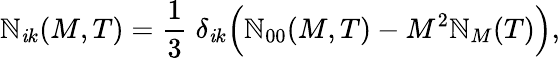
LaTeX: \mathbb{N}_{\mathit{i}k}(M,T)=\frac{{1}}{{3}}\; \delta_{\mathit{i}k}\Big(\mathbb{N}_{00}(M,T)-M^{2}{\cal\mathbb{N}}_{M}(T)\Big),